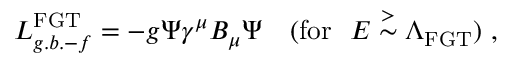
{ \cal { L } } _ { g . b . - f } ^ { \mathrm { F G T } } = - g \Psi \gamma ^ { \mu } B _ { \mu } \Psi ~ ~ ~ ( \mathrm { f o r } ~ ~ E \stackrel { > } { \sim } \Lambda _ { \mathrm { F G T } } ) ~ ,